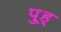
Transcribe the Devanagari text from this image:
पु्ह्